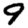
Digit: 9